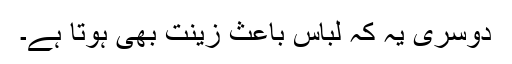
دوسری یہ کہ لباس باعث زینت بھی ہوتا ہے۔